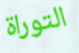
التوراة